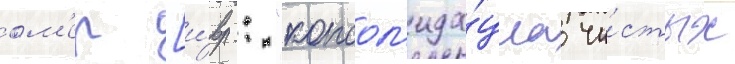
ом'ер [и́вр.: "консол'ида́циа чи́стых